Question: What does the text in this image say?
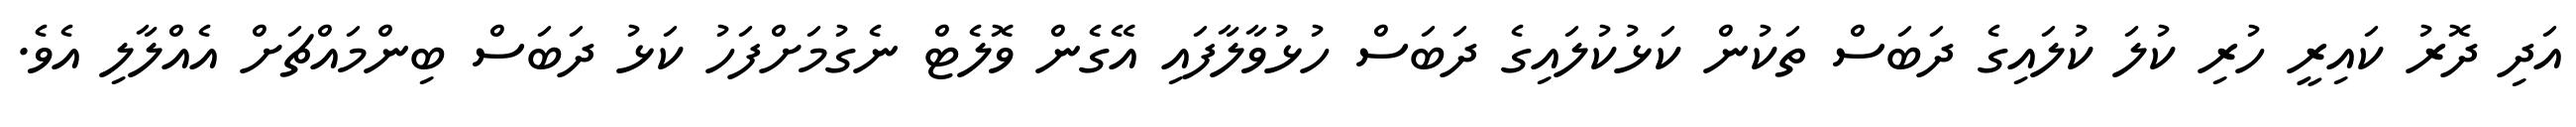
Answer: އަދި ދޮރު ކައިރީ ހުރި ކުލަ ކުލައިގެ ދަބަސް ތަކުން ކަޅުކުލައިގެ ދަބަސް ހުޅުވާލާފައި އޭގެން ވޮލެޓް ނެގުމަށްފަހު ކަޅު ދަބަސް ބިންމައްޗަށް އެއްލާލި އެވެ.